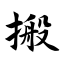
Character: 搬